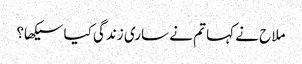
ملاح نے کہا تم نے ساری زندگی کیا سیکھا؟